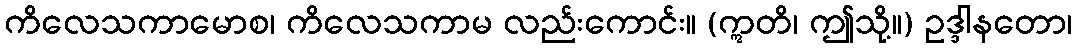
ကိလေသကာမောစ၊ ကိလေသကာမ လည်းကောင်း။ (ဣတိ၊ ဤသို့။) ဥဒ္ဒါနတော၊